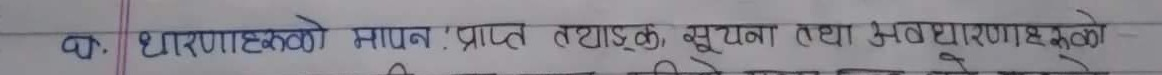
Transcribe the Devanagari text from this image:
क. धारणात्मक मापन : प्राप्त तथ्याङ्क, सूचना तथा अवधारणाहरूको